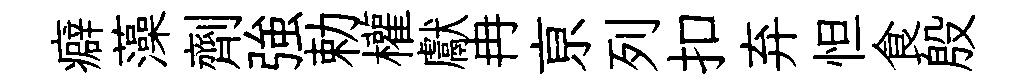
癖藻劑強勅權獻冉亰列扣弃怛食殷